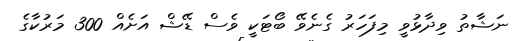
ނަޝާތު ވިދާޅުވީ މިފަހަރު ގެނެވޭ ބޯޓަކީ ވެސް ޑޭޝް އަށެއް 300 މަރުކާގެ